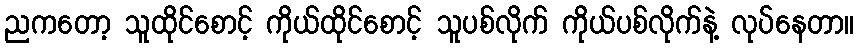
ညကတော့ သူထိုင်စောင့် ကိုယ်ထိုင်စောင့် သူပစ်လိုက် ကိုယ်ပစ်လိုက်နဲ့ လုပ်နေတာ။